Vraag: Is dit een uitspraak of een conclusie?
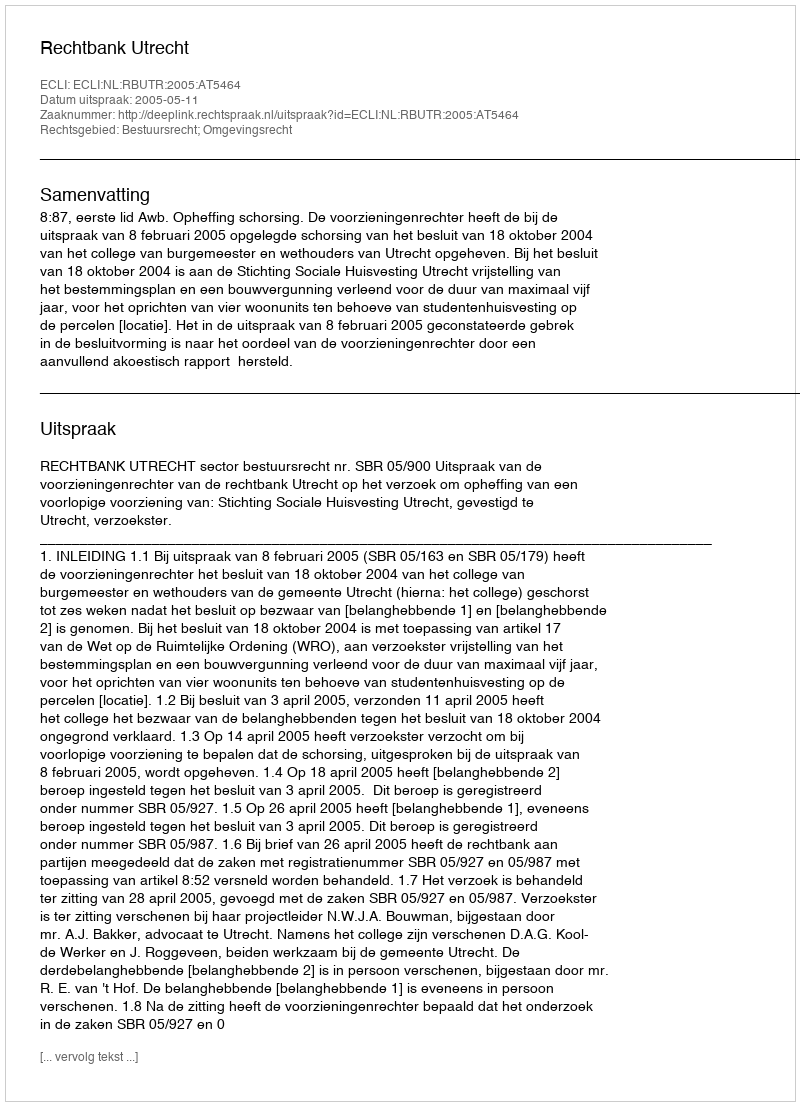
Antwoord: Uitspraak